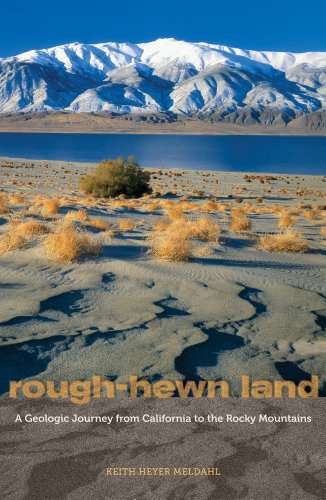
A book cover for Rough-Hewn Land: A Geologic Journey from California to the Rocky Mountains; Keith Heyer Meldahl; History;